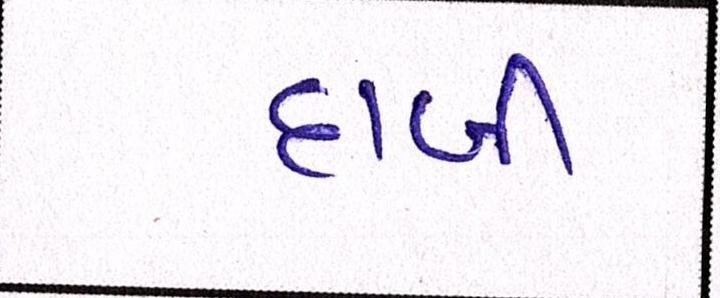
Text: દાબી